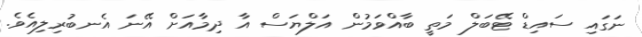
ނަގައި ސައިޑް ޓޭބަލް މަތީ ބާއްވަމުން އަލްޔަސް އާ ދިމާއަށް އޭނަ އެނބުރިލިއެވެ.